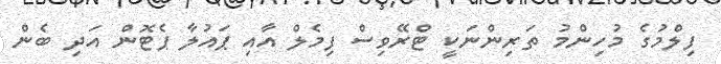
ފިލްމުގެ މުހިންމު ތަރިންނަކީ ޓްރޭވިސް ފިމެލް އާއި ޕައުލާ ޕެޓޮން އަދި ބެން